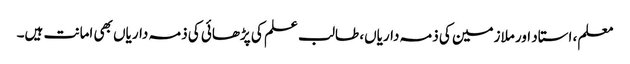
معلم، استاد اور ملازمین کی ذمہ داریاں، طالب علم کی پڑھائی کی ذمہ داریاں بھی امانت ہیں۔